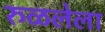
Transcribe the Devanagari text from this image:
रुळलेला